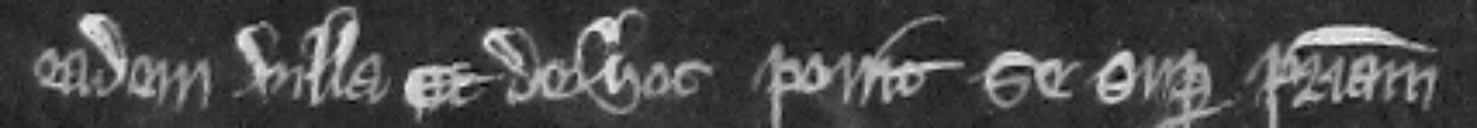
eadem villa Et de hoc ponit se super patriam